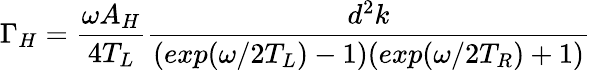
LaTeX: \Gamma_{H}=\frac{\omega A_{H}}{4T_{L}}\frac{d^{2}k}{(exp(\omega/2T_{L})-1)(exp(\omega/2T_{R})+1)}